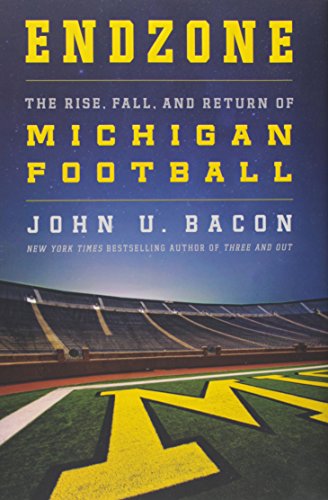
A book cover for Endzone: The Rise, Fall, and Return of Michigan Football; John U. Bacon; History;